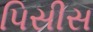
પિસીસ